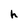
Character: h